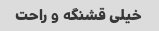
خیلی قشنگه و راحت